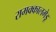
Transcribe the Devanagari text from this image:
रामक्कालमेडू